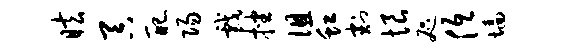
眩吞配阳戏挫徂虹割恨咫低墙